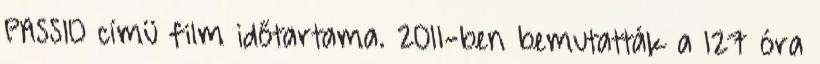
PASSIO címü film időtartama. 2011-ben bemutatták a 127 óra